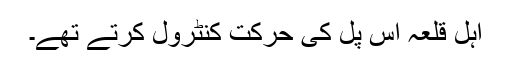
اہل قلعہ اس پل کی حرکت کنٹرول کرتے تھے۔